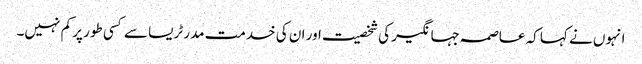
انہوں نے کہا کہ عاصمہ جہانگیر کی شخصیت اور ان کی خدمت مدر ٹریسا سے کسی طور پر کم نہیں۔